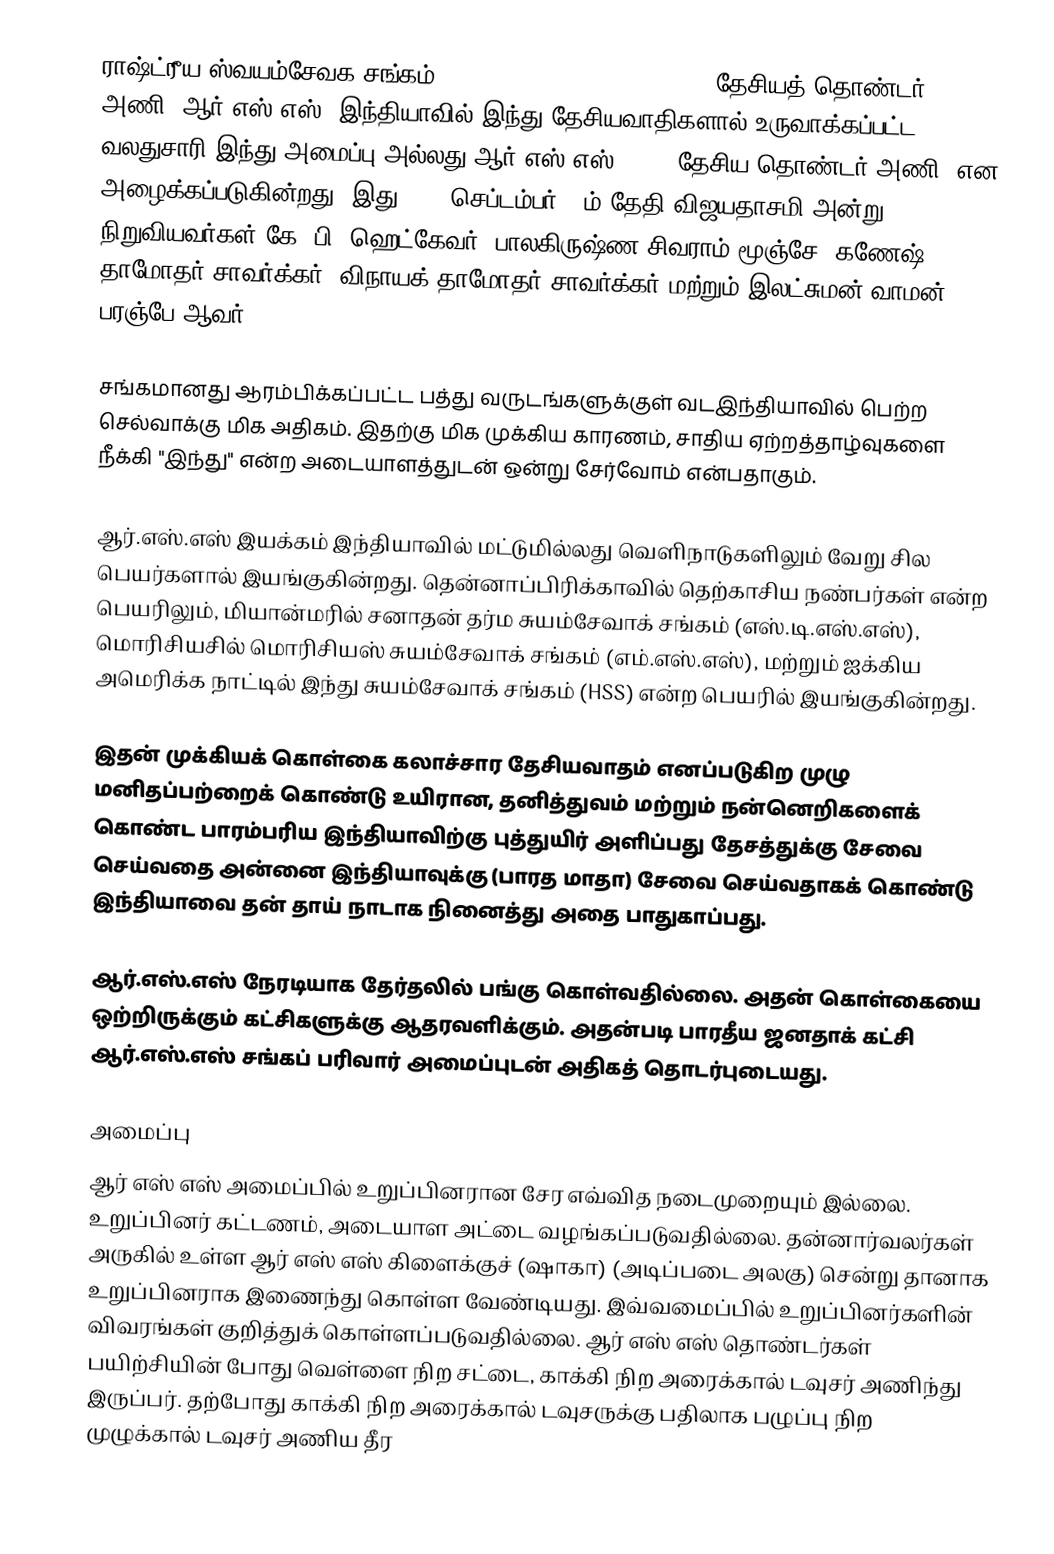
ராஷ்ட்ரீய ஸ்வயம்சேவக சங்கம் (Rashtriya Swayamsevak Sangh, தேசியத் தொண்டர் அணி, ஆர் எஸ் எஸ்) இந்தியாவில் இந்து தேசியவாதிகளால் உருவாக்கப்பட்ட வலதுசாரி இந்து அமைப்பு அல்லது ஆர் எஸ் எஸ் (RSS, தேசிய தொண்டர் அணி) என அழைக்கப்படுகின்றது. இது 1925 செப்டம்பர் 27ம் தேதி விஜயதாசமி அன்று நிறுவியவர்கள் கே. பி. ஹெட்கேவர், பாலகிருஷ்ண சிவராம் மூஞ்சே, கணேஷ் தாமோதர் சாவர்க்கர், விநாயக் தாமோதர் சாவர்க்கர் மற்றும் இலட்சுமன் வாமன் பரஞ்பே ஆவர்..

சங்கமானது ஆரம்பிக்கப்பட்ட பத்து வருடங்களுக்குள் வடஇந்தியாவில் பெற்ற செல்வாக்கு மிக அதிகம். இதற்கு மிக முக்கிய காரணம்,  சாதிய ஏற்றத்தாழ்வுகளை நீக்கி "இந்து" என்ற அடையாளத்துடன் ஒன்று சேர்வோம் என்பதாகும்.

ஆர்.எஸ்.எஸ் இயக்கம் இந்தியாவில் மட்டுமில்லது வெளிநாடுகளிலும் வேறு சில பெயர்களால் இயங்குகின்றது. தென்னாப்பிரிக்காவில் தெற்காசிய நண்பர்கள்  என்ற பெயரிலும், மியான்மரில் சனாதன் தர்ம சுயம்சேவாக் சங்கம் (எஸ்.டி.எஸ்.எஸ்), மொரிசியசில் மொரிசியஸ் சுயம்சேவாக் சங்கம் (எம்.எஸ்.எஸ்), மற்றும் ஐக்கிய அமெரிக்க நாட்டில் இந்து சுயம்சேவாக் சங்கம்  (HSS) என்ற பெயரில் இயங்குகின்றது.

இதன் முக்கியக் கொள்கை கலாச்சார தேசியவாதம் எனப்படுகிற முழு மனிதப்பற்றைக் கொண்டு  உயிரான, தனித்துவம் மற்றும் நன்னெறிகளைக் கொண்ட பாரம்பரிய  இந்தியாவிற்கு புத்துயிர் அளிப்பது தேசத்துக்கு சேவை செய்வதை அன்னை இந்தியாவுக்கு  (பாரத மாதா) சேவை செய்வதாகக் கொண்டு இந்தியாவை தன் தாய் நாடாக நினைத்து அதை பாதுகாப்பது.

ஆர்.எஸ்.எஸ் நேரடியாக தேர்தலில் பங்கு கொள்வதில்லை. அதன் கொள்கையை ஒற்றிருக்கும் கட்சிகளுக்கு ஆதரவளிக்கும். அதன்படி பாரதீய ஜனதாக் கட்சி ஆர்.எஸ்.எஸ் சங்கப் பரிவார் அமைப்புடன் அதிகத் தொடர்புடையது.

அமைப்பு
ஆர் எஸ் எஸ் அமைப்பில் உறுப்பினரான சேர எவ்வித நடைமுறையும் இல்லை. உறுப்பினர் கட்டணம், அடையாள அட்டை வழங்கப்படுவதில்லை. தன்னார்வலர்கள் அருகில் உள்ள ஆர் எஸ் எஸ் கிளைக்குச் (ஷாகா) (அடிப்படை அலகு) சென்று தானாக உறுப்பினராக இணைந்து கொள்ள வேண்டியது. இவ்வமைப்பில் உறுப்பினர்களின் விவரங்கள் குறித்துக் கொள்ளப்படுவதில்லை.  ஆர் எஸ் எஸ் தொண்டர்கள் பயிற்சியின் போது வெள்ளை நிற சட்டை, காக்கி நிற அரைக்கால் டவுசர் அணிந்து இருப்பர். தற்போது காக்கி நிற அரைக்கால் டவுசருக்கு பதிலாக பழுப்பு நிற முழுக்கால் டவுசர் அணிய தீர